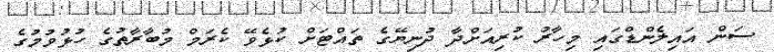
ސަން އައިލެންޑްގައި މިހާރު ކުރިއަށްދާ ދުނިޔޭގެ ތައްޓަށް ކުޅެވޭ ކެރަމް މުބާރާތުގެ ހުޅުވުމުގެ